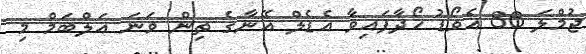
ޖުމްލަ 86 އެވޯޑު ހޯދާފައިވާ އެޑެލް އޭނާގެ ތިން ވަނަ އަލްބަމް މި